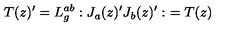
T ( z ) ^ { \prime } = L _ { g } ^ { a b } : J _ { a } ( z ) ^ { \prime } J _ { b } ( z ) ^ { \prime } : \ = T ( z )